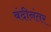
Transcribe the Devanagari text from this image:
बंदीनंतर